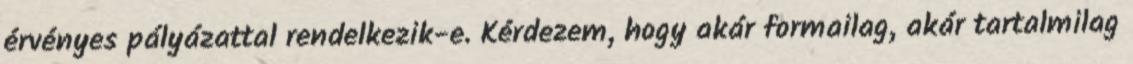
érvényes pályázattal rendelkezik-e. Kérdezem, hogy akár formailag, akár tartalmilag